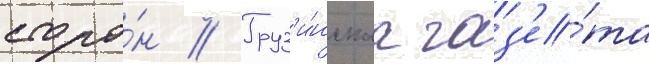
сторо́н // Груз'и́нскаа газ'е́та